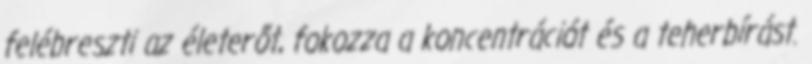
felébreszti az életerőt, fokozza a koncentrációt és a teherbírást.